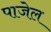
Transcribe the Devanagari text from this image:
पाजेल